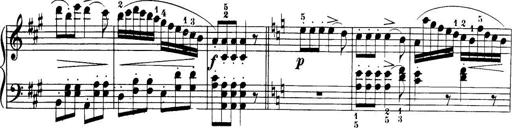
Title: 32 Sonatinas and Rondos for the Piano
Composer: Richard Kleinmichel